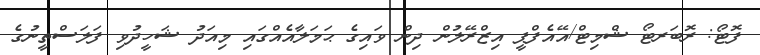
ފޮޓޯ: ރޮބަރޓޯ ޝްމިޓް/އޭއެފްޕީ އިޒްރޭލުން ދިން ވައިގެ ޙަމަލާއެއްގައި މިއަދު ޝަހީދުވި ފަލަސްތީނުގެ